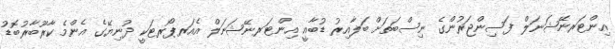
އިންޓަރނޭޝަނަލް ފަސިންޖަރުންގެ ނިސްބަތަށް ބަލާއިރު ޑުބާއީ އިންޓަރނޭޝަނަލް އެއަރޕޯރޓަކީ ދުނިޔޭގެ އެންމެ ކާރޫބާރުބޮޑު